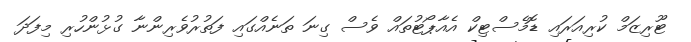
ޓޫރިޒަމް ކުރިއަރައި ޑޮމެސްޓިކް އެއާޕޯޓުތައް ވެސް ގިނަ ތަނެއްގައި ފަތުރުވެރިންނާ ގުޅުންހުރި މިފަދަ